Vabadussoja_Ajaloo_Komitee, lk 3
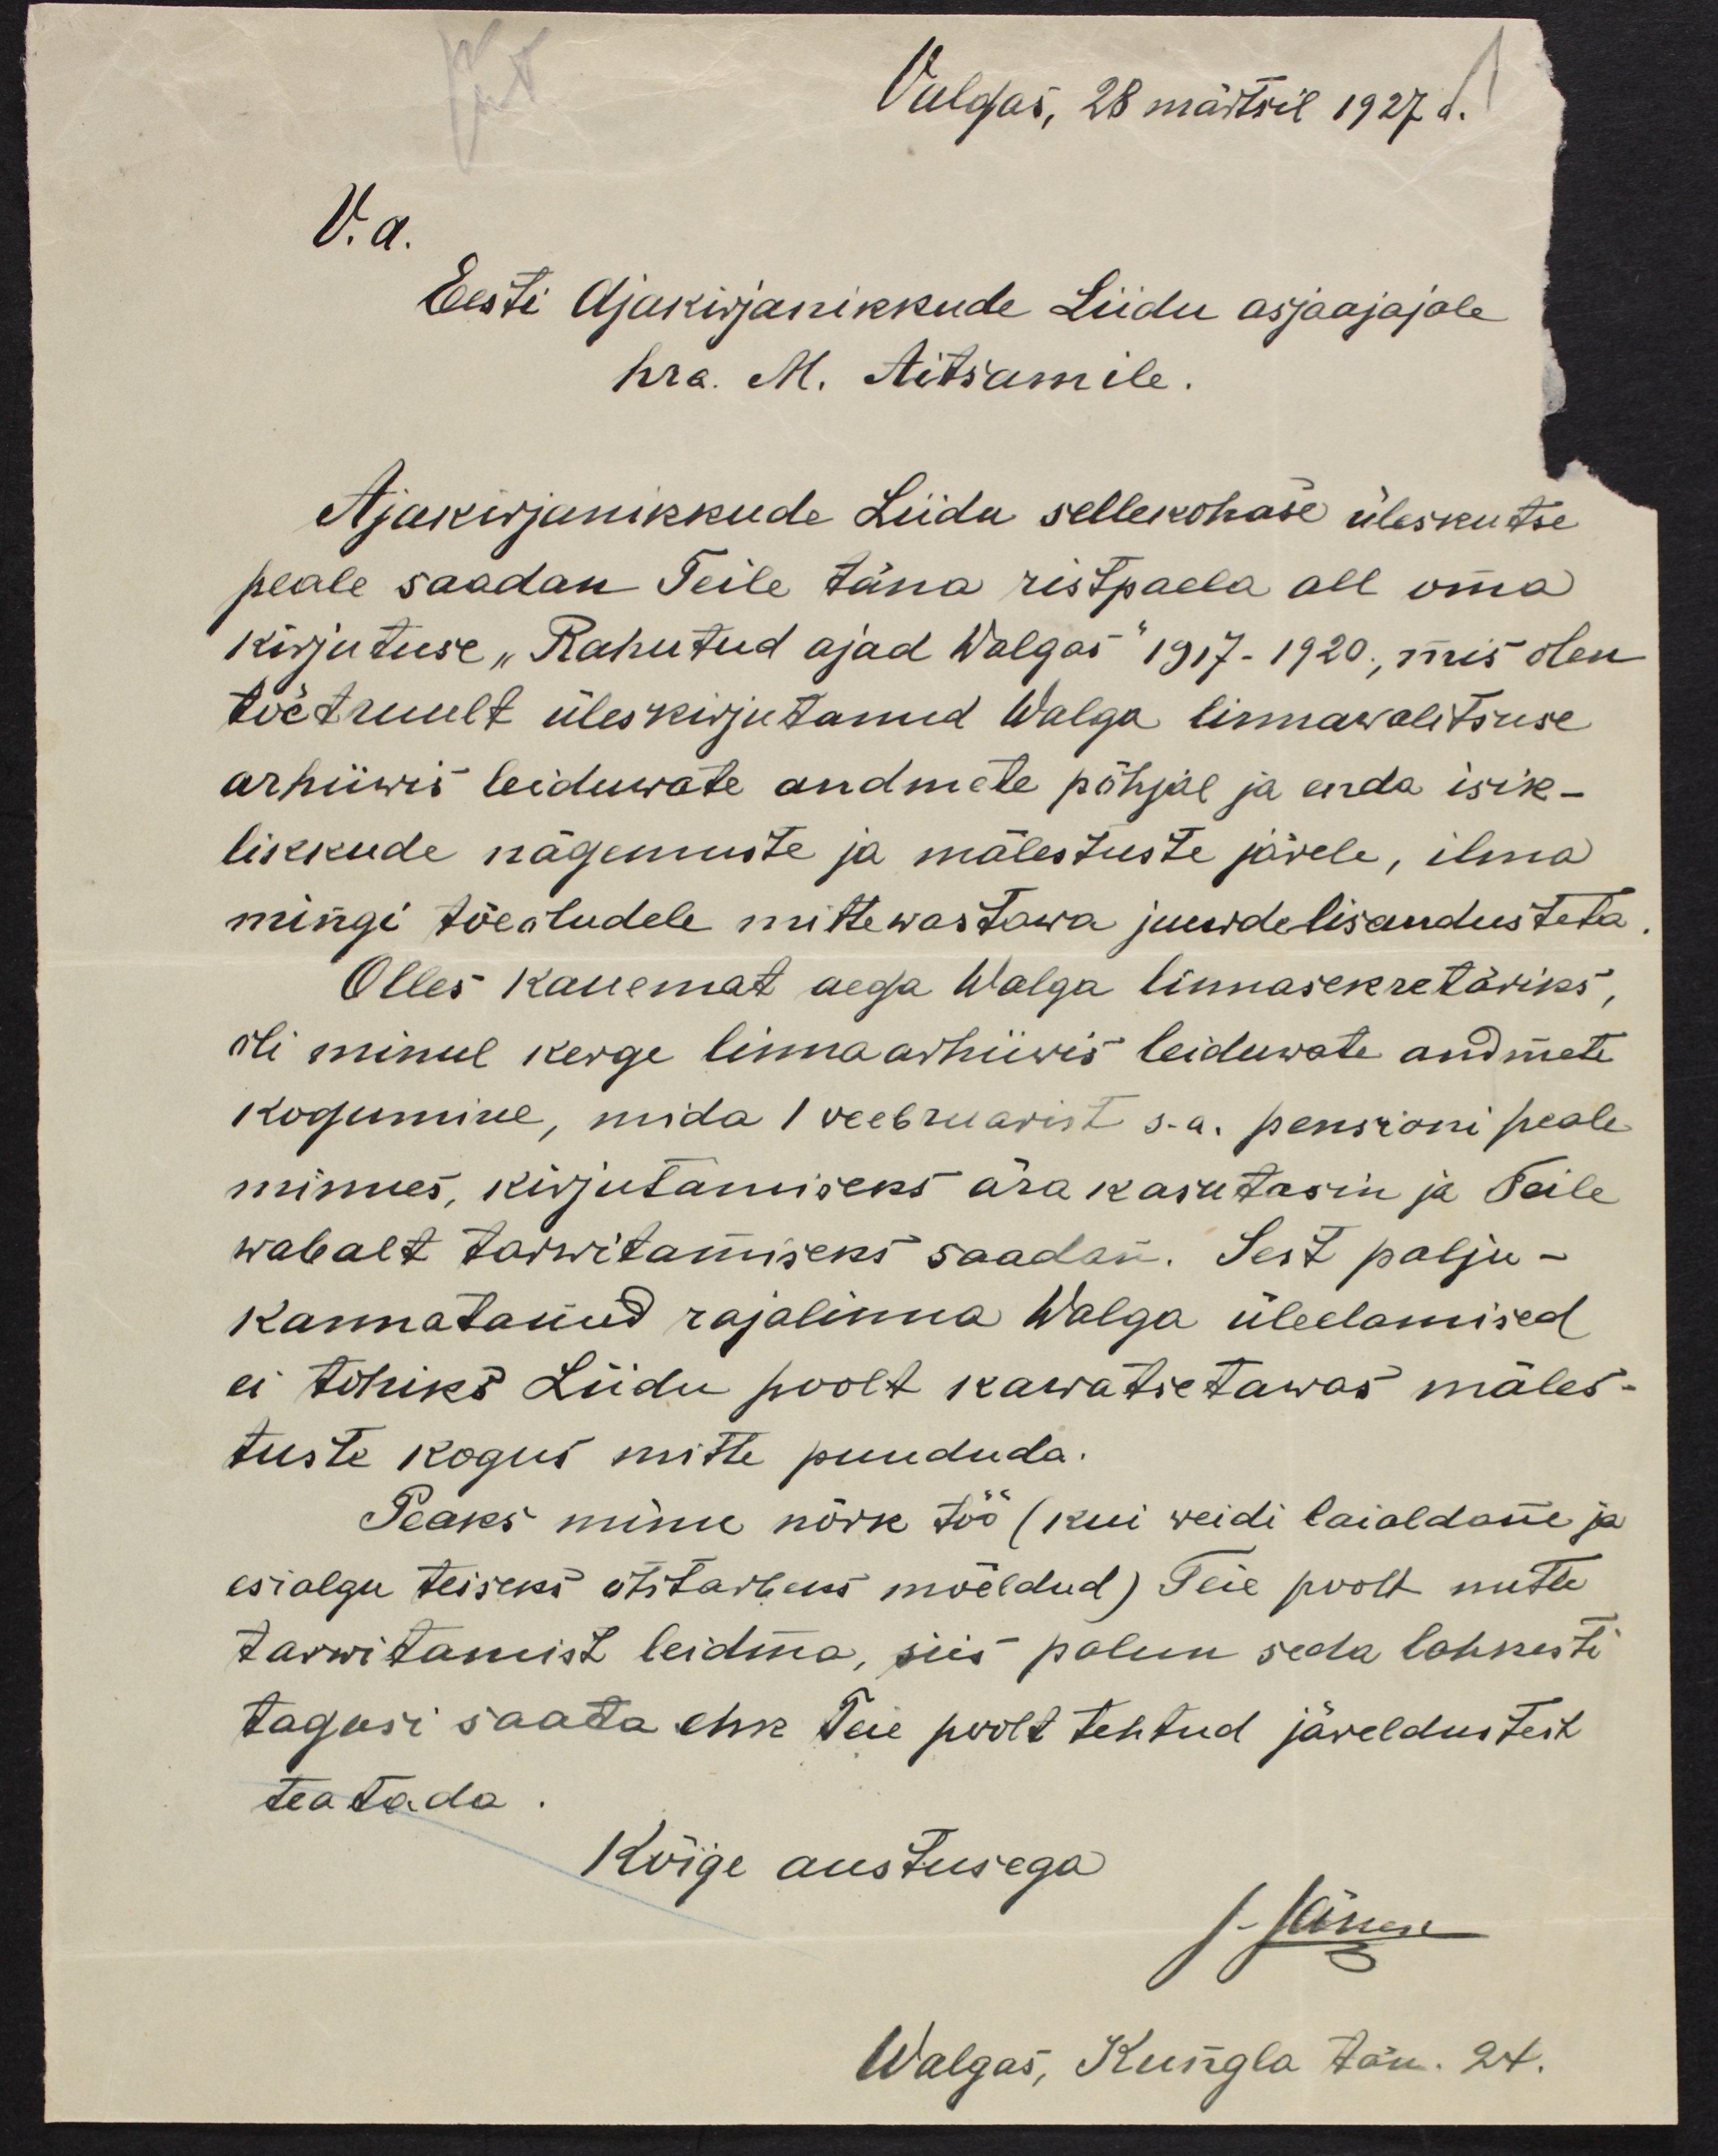
Valgas, 28 märtsil 1927 a.
V.a.
Eesti Ajakirjanikkude Liidu asjaajajale
hra. M. Aitsamile.
Ajakirjanikkude Liidu sellekohase üleskutse
peale saadan Teile täna ristpaela all oma
kirjutuse "Rahutud ajad Walgas - " 1917-1920, mis olen
tõetruult üleskirjutanud Walga linnavalitsuse
arhiiwis leiduvate andmete põhjal ja enda isik-
likkude nägemuste ja mälestuste järele, ilma
mingi tõestudele mittewastawa juurdelisandusteta.
Olles kaugemat aega Walga linnasekretäriks,
oli minul kerge linnaarhiiwis leiduwate andmete
kogumine, mida 1. veebruarist s. a. pensioni peale
minnes, kirjutamiseks ära kasutasin ja Teile
wabalt tarwitamiseks saadan. Sest palju-
kannatanud rajalinna Walga üleelamised
ei tohiks Liidu poolt kawatsetawas mäles-
tuste kogus mitte puududa.
Peaks minu kõik töö (kui weidi laialdane ja 
esialgu teiseks otstarbeks mõeldud) Teie poolt mitte
tarwitamist leidma, siis palun seda lahkesti
tagasi saata ehk Teie poolt tehtud järeldustest
teatada
Kõige austusega
J Jänes
Walgas, Kungla tän. 24